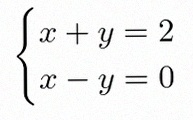
\begin{cases}x+y=2\\x-y=0\end{cases}